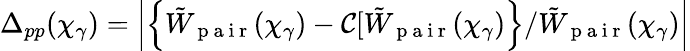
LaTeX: \Delta_{pp}(\chi_{\gamma})=\left|\left\{ \tilde{W}_{\mathrm{~p~a~i~r~}}(\chi_{\gamma})-\mathcal{C}[\tilde{W}_{\mathrm{~p~a~i~r~}}(\chi_{\gamma})\right\} /\tilde{W}_{\mathrm{~p~a~i~r~}}(\chi_{\gamma})\right|